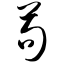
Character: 苟